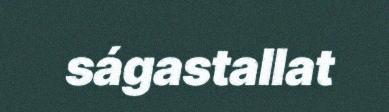
ságastallat